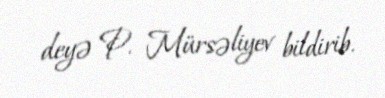
deyə P. Mürsəliyev bildirib.